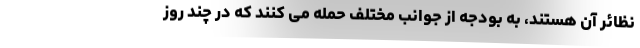
نظائر آن هستند، به بودجه از جوانب مختلف حمله می کنند که در چند روز